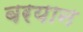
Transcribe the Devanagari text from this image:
बरयान